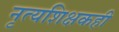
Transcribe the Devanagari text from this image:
नृत्यशिक्षकही